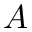
A